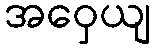
အဝှေယျ